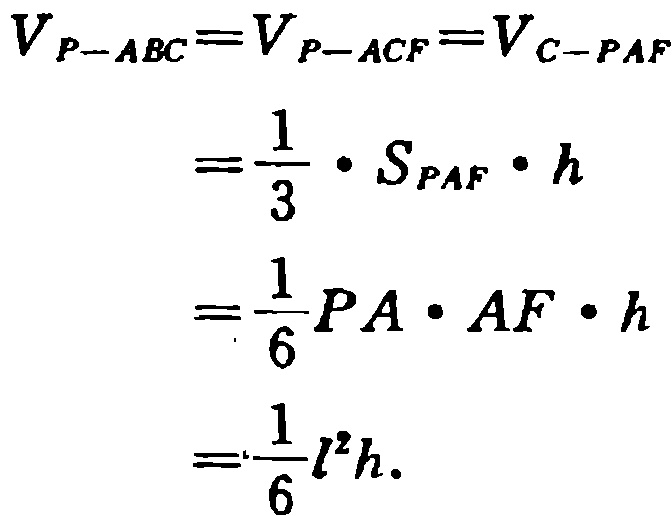
\[

\begin{align*}

V_{P - ABC}&=V_{P - ACF}=V_{C - PAF}\\

&=\frac{1}{3}\cdot S_{PAF}\cdot h\\

&=\frac{1}{6}PA\cdot AF\cdot h\\

&=\frac{1}{6}l^{2}h.

\end{align*}

\]